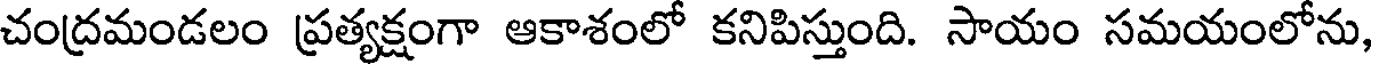
చంద్రమండలం ప్రత్యక్షంగా ఆకాశంలో కనిపిస్తుంది. సాయం సమయంలోను,